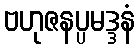
ဗဟုဇနပ္ပမဒ္ဒနံ